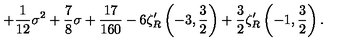
+ { \frac { 1 } { 1 2 } } \sigma ^ { 2 } + { \frac { 7 } { 8 } } \sigma + { \frac { 1 7 } { 1 6 0 } } - 6 \zeta _ { R } ^ { \prime } \left( - 3 , \frac 3 2 \right) + \frac 3 2 \zeta _ { R } ^ { \prime } \left( - 1 , \frac 3 2 \right) .